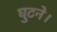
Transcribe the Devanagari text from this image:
घुटने।